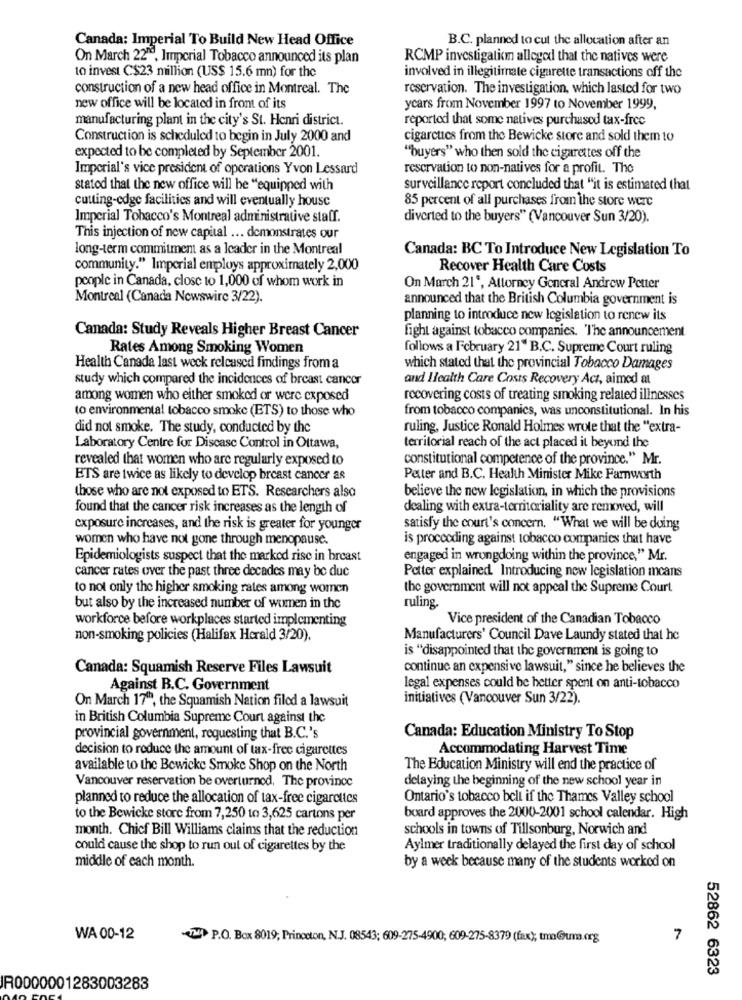
Canada: Imperial To Build New Head Office
B.C. planned to cut the allocation after an
On March 22"e, Imperial Tobacco announced its plan
RCMP investigation alleged that the natives were
to invest C$23 million (US$ 15.6 mn) for the
involved in illegitimate cigarette transactions off the
construction of a new head office in Montreal. The
reservation. The investigation, which lasted for two
new office will be located in front of its
years from November 1997 to November 1999,
manufacturing plant in the city's St. Henri district.
reported that some natives purchased tax-free
Construction is scheduled to begin in July 2000 and
cigarettes from the Bewicke store and sold them to
expected to be completed by September 2001.
"buyers" who then sold the cigarettes off the
Imperial's vice president of operations Yvon Lessard
reservation to non-natives for a profit. The
stated that the new office will be "equipped with
surveillance report concluded that "it is estimated that
cutting-edge facilities and will eventually house
85 percent of all purchases from the store were
Imperial Tobacco's Montreal administrative staff.
diverted to the buyers" (Vancouver Sun 3/20).
This injection of new capital ... demonstrates our
long-term commitment as a leader in the Montreal
Canada: BC To Introduce New Legislation To
community." Imperial employs approximately 2,000
Recover Health Care Costs
people in Canada, close to 1,000 of whom work in
On March 21', Attorney General Andrew Petter
Montreal (Canada Newswire 3/22).
announced that the British Columbia government is
planning to introduce new legislation to renew its
Canada: Study Reveals Higher Breast Cancer
fight against tobacco companies. "The announcement
Rates Among Smoking Women
follows a February 21" B.C. Supreme Court ruling
Health Canada last week released findings from a
which stated that the provincial Tobacco Damages
study which compared the incidences of breast cancer
and Health Care Costs Recovery Act, aimed at
among women who either smoked or were exposed
recovering costs of treating smoking related illnesses
to environmental tobacco smoke (ETS) to those who
from tobacco companies, was unconstitutional. In his
did not smoke. The study, conducted by the
ruling, Justice Ronald Holmes wrote that the "extra-
Laboratory Centre for Discasc Control in Ottawa,
territorial reach of the act placed it beyond the
revealed that women who are regularly exposed to
constitutional competence of the province." Mr.
ETS are twice as likely to develop breast cancer as
Pater and B.C. Health Minister Mike Farnworth
those who are not exposed to ETS. Researchers also
believe the new legislation, in which the provisions
found that the cancer risk increases as the length of
dealing with extra-territoriality are removed, will
exposure increases, and the risk is greater for younger
satisfy the court's concern. "What we will be doing
women who have not gone through menopause.
is proccoding against tobacco companies that have
Epidemiologists suspect that the marked rise in breast
engaged in wrongdoing within the province," Mr.
cancer rates over the past three decades may be duc
Potter explained Introducing new legislation mcans
to not only the higher smoking rates among women
the government will not appeal the Supreme Court
but also by the increased number of women in the
ruling.
workforce before workplaces started implementing
Vice president of the Canadian Tobacco
non-smoking policies (Halifax Herald 3/20).
Manufacturers' Council Dave Laundy stated that he
is "disappointed that the government is going to
Canada: Squamish Reserve Files Lawsuit
continue an expensive lawsuit," since he believes the
Against B.C. Government
legal expenses could be better spent on anti-tobacco
On March 17"", the Squamish Nation filed a lawsuit
initiatives (Vancouver Sun 3/22).
in British Columbia Supreme Court against the
provincial government, requesting that B.C.'s
Canada: Education Ministry To Stop
decision to reduce the amount of tax-free cigarettes
Accommodating Harvest Time
available to the Bewicke Smoke Shop on the North
The Education Ministry will end the practice of
Vancouver reservation be overturnod, The province
delaying the beginning of the new school year in
planned to reduce the allocation of tax-free cigarettes
Ontario's tobacco bell if the Thames Valley school
to the Bewicke store from 7,250 to 3,625 cartons per
board approves the 2000-2001 school calendar. High
month. Chief Bill Williams claims that the reduction
schools in towns of Tillsonburg, Norwich and
could cause the shop to run out of cigarettes by the
Aylmer traditionally delayed the first day of school
middle of each month.
by a week because many of the students worked on
WA 00-12
P.O. Box 8019; Princeton, N.J. 08543; 609-275-4900; 609-275-8379 (fax); tmm@uma.org
7
52862 6323
IR0000001283003283